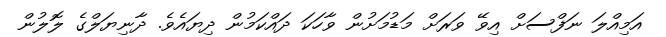
އަމިއްލަ ނަފްސަށް އިވޭ ވަރަށް މަޑުމަށުން ވާހަކަ ދައްކަމުން ދިޔައެވެ. ދާނިޔަލްގެ ލޮލުން